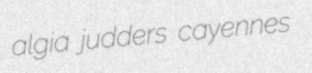
algia judders cayennes